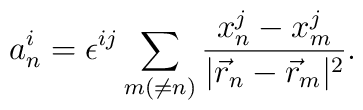
a^{i}_{n} = \epsilon^{ij} \sum_{m(\neq n)}\frac{x^{j}_{n}-x^{j}_{m}}{|\vec{r}_{n}-\vec{r}_{m}|^{2}}.